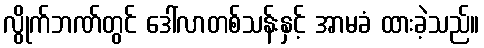
လွိုက်ဘဏ်တွင် ဒေါ်လာတစ်သန်းနှင့် အာမခံ ထားခဲ့သည်။